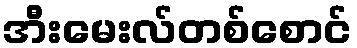
အီးမေးလ်တစ်စောင်